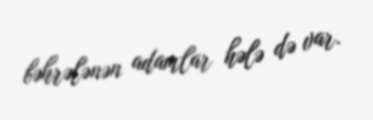
bəhrələnən adamlar hələ də var.